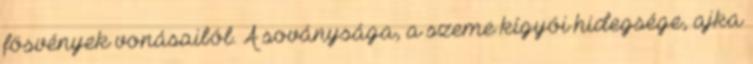
fösvények vonásaiból. A soványsága, a szeme kígyói hidegsége, ajka